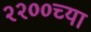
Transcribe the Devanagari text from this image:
२२००च्या